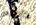
كأنهم